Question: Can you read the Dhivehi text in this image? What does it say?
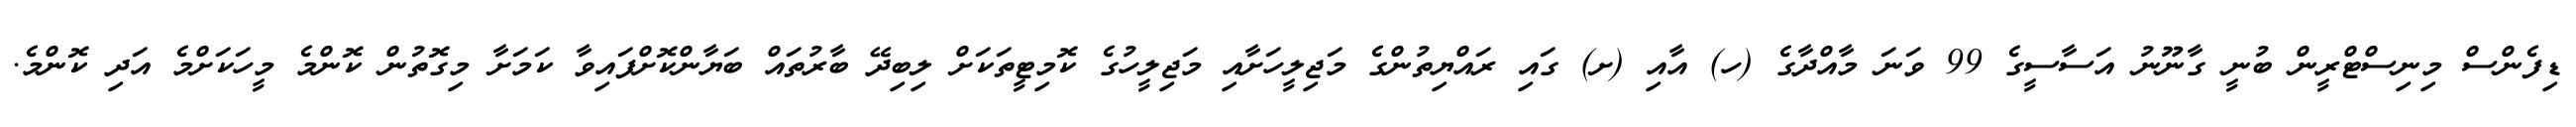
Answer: ޑިފެންސް މިނިސްޓްރީން ބުނީ ގާނޫނު އަސާސީގެ 99 ވަނަ މާއްދާގެ (ހ) އާއި (ށ) ގައި ރައްޔިތުންގެ މަޖިލީހަށާއި މަޖިލީހުގެ ކޮމިޓީތަކަށް ލިބިދޭ ބާރުތައް ބަޔާންކޮށްފައިވާ ކަމަށާ މިގޮތުން ކޮންމެ މީހަކަށްމެ އަދި ކޮންމެ.